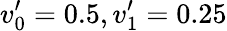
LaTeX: v_{0}^{\prime}=0.5,v_{1}^{\prime}=0.25